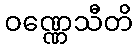
ဝဏ္ဏေသီတိ